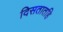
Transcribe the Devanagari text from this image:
दिसतातहि